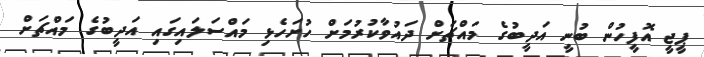
ޕީޖީ އޮފީހުން ބުނީ އަދީބުގެ މައްޗަށް ދައުވާކުރުމަށް ހުށަހެޅި މައްސަލައިގައި އަދީބުގެ މައްޗަށް